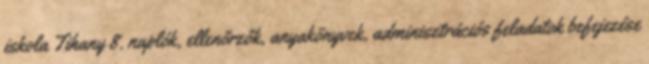
iskola Tihany 8. naplók, ellenőrzők, anyakönyvek, adminisztrációs feladatok befejezése